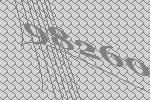
98260